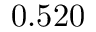
0 . 5 2 0